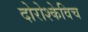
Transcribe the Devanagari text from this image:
दोरोश्केविच